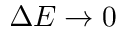
\Delta E \rightarrow 0